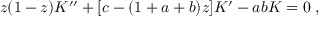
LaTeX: z ( 1 - z ) K ^ { \prime \prime } + [ c - ( 1 + a + b ) z ] K ^ { \prime } - a b K = 0 \; ,